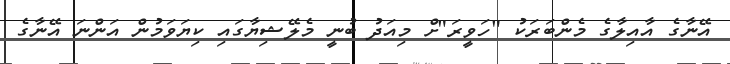
އޭނާގެ އާއިލާގެ މެންބަރަކު "ހަވީރަ"ށް މިއަދު ބުނީ މެލޭޝިޔާގައި ކިޔަވަމުން އަންނަ އޭނާގެ